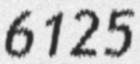
6125